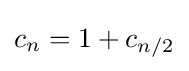
c_{n}=1+c_{n/2}